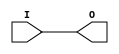
module IBUF(
    output O,
    (* iopad_external_pin *)
    input I);
  parameter IOSTANDARD = "default";
  parameter IBUF_LOW_PWR = 0;
  assign O = I;
  specify
    (I => O) = 0;
  endspecify
endmodule